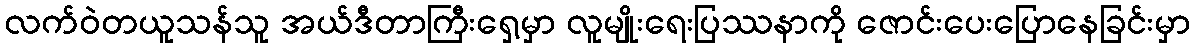
လက်ဝဲတယူသန်သူ အယ်ဒီတာကြီးရှေ့မှာ လူမျိုးရေးပြဿနာကို ဇောင်းပေးပြောနေခြင်းမှာ